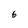
Character: 6